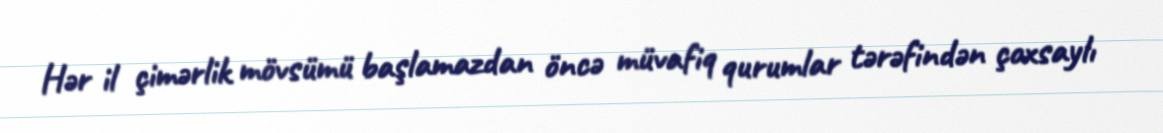
Hər il çimərlik mövsümü başlamazdan öncə müvafiq qurumlar tərəfindən çoxsaylı